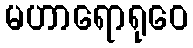
မဟာရောရုဝေ